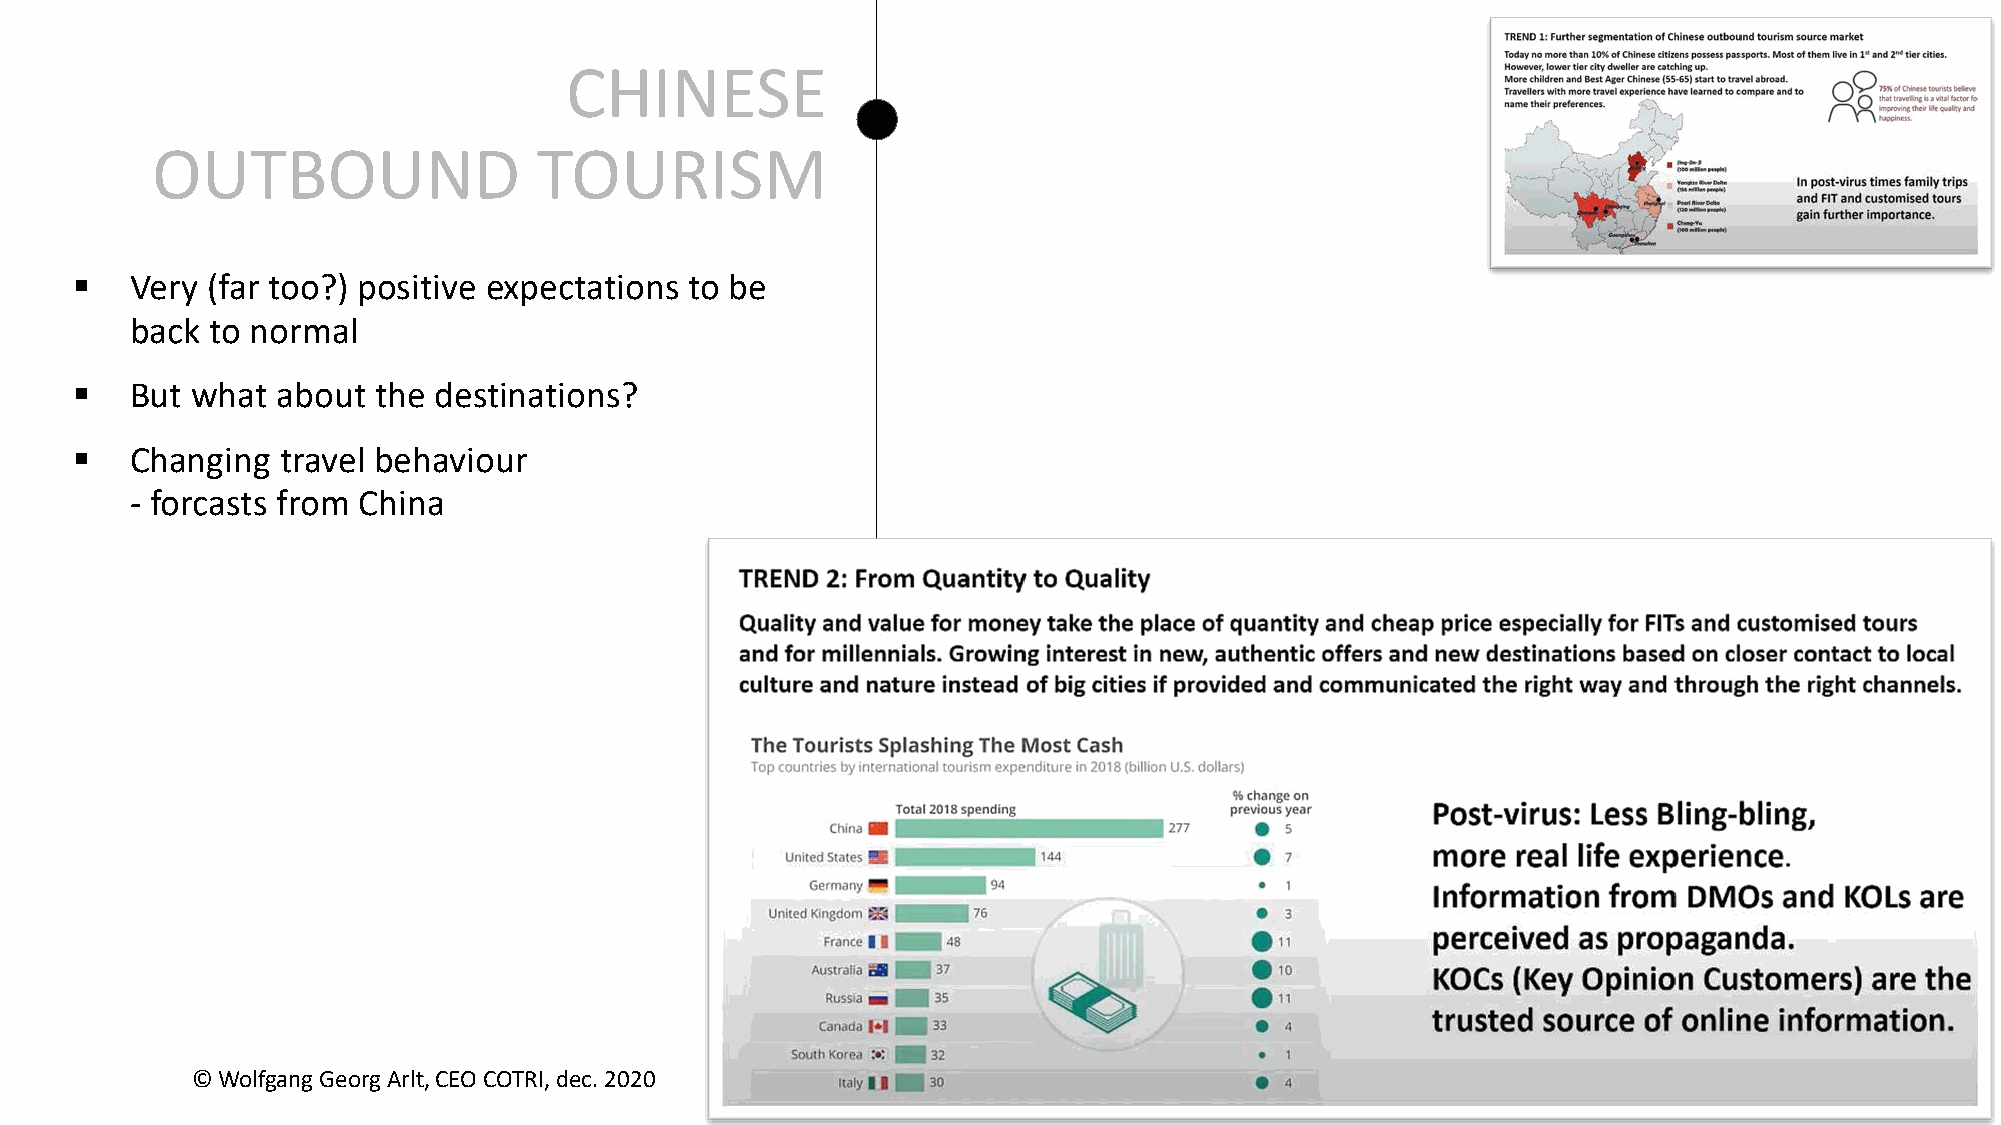
CHINESE
 OUTBOUND                  TOURISM
 §   Very (far too?) positive expectations to be
 back to normal
 §   But what about  the destinations?
 §   Changing  travel behaviour
 - forcasts from China
 © Wolfgang Georg Arlt, CEO COTRI, dec. 2020